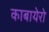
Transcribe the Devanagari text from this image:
काबायेरो